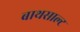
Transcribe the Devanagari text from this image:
बाथसाल्ट